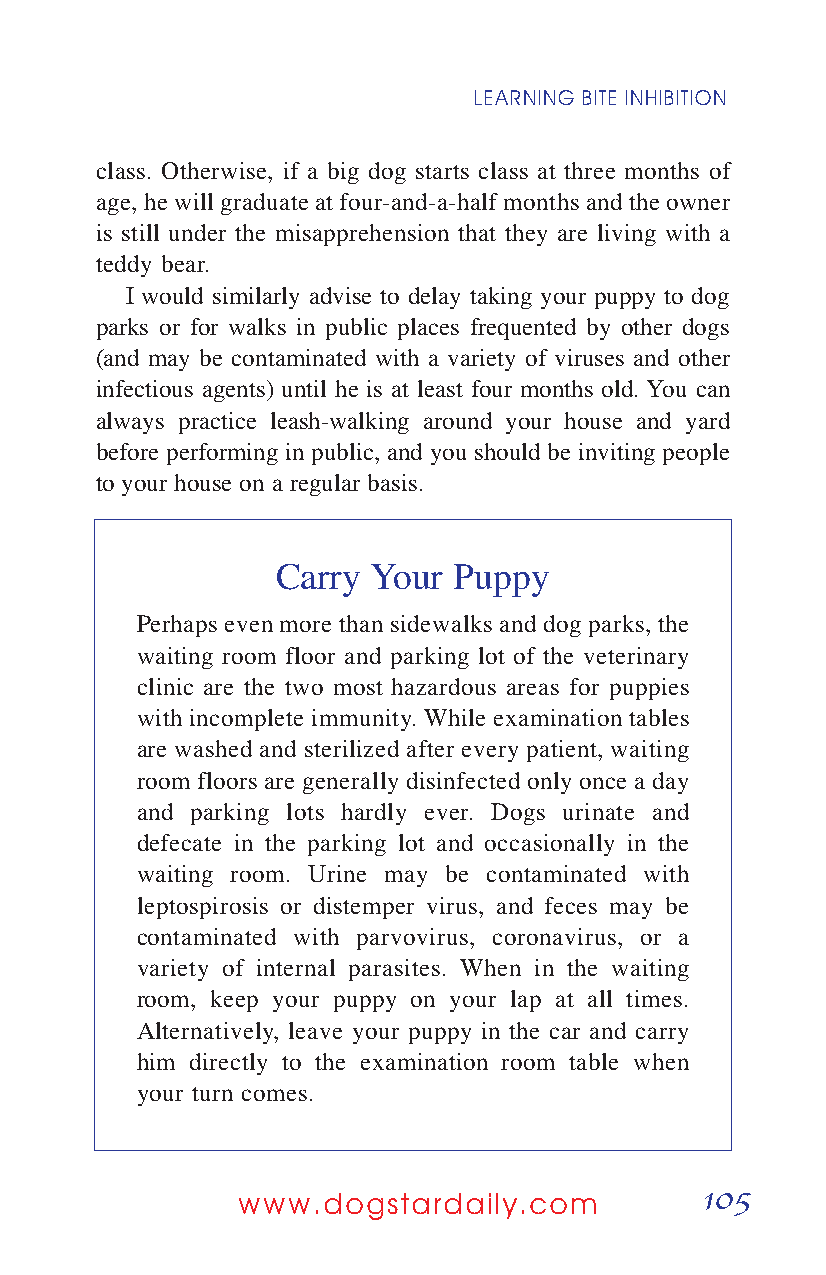
LEARNING BITE INHIBITION
 class. Otherwise, if a big dog starts class at three months of
 age, he will graduate at four-and-a-half months and the owner
 is still under the misapprehension that they are living with a
 teddy bear.
 I would similarly advise to delay taking your puppy to dog
 parks or for walks in public places frequented by other dogs
 (and may be contaminated with a variety of viruses and other
 infectious agents) until he is at least four months old. You can
 always practice leash-walking around your house and yard
 before performing in public, and you should be inviting people
 to your house on a regular basis.
 Carry Your  Puppy
 Perhaps even more than sidewalks and dog parks, the
 waiting room floor and parking lot of the veterinary
 clinic are the two most hazardous areas for puppies
 with incomplete immunity. While examination tables
 are washed and sterilized after every patient, waiting
 room floors are generally disinfected only once a day
 and parking lots hardly ever. Dogs urinate and
 defecate in the parking lot and occasionally in the
 waiting room. Urine may be contaminated with
 leptospirosis or distemper virus, and feces may be
 contaminated with parvovirus, coronavirus, or a
 variety of internal parasites. When in the waiting
 room, keep your puppy on your lap at all times.
 Alternatively, leave your puppy in the car and carry
 him directly to the examination room table when
 your turn comes.
 105
 www.dogstardaily.com